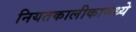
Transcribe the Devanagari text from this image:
नियतकालीकामध्ये